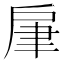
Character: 肁